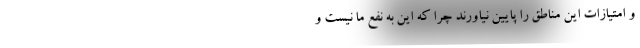
و امتیازات این مناطق را پایین نیاورند چرا که این به نفع ما نیست و